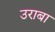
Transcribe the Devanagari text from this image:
उराबा